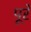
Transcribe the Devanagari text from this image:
पूरें